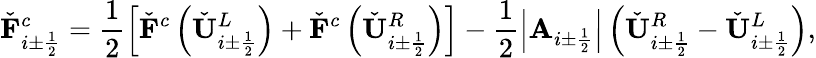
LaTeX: \check{\mathbf{F}}_{i\pm\frac{1}{2}}^{c}=\frac{1}{2}\left[\check{\mathbf{F}}^{c}\left(\check{\mathbf{U}}_{i\pm\frac{1}{2}}^{L}\right)+\check{\mathbf{F}}^{c}\left(\check{\mathbf{U}}_{i\pm\frac{1}{2}}^{R}\right)\right]-\frac{1}{2}\left|\mathbf{A}_{i\pm\frac{1}{2}}\right|\left(\check{\mathbf{U}}_{i\pm\frac{1}{2}}^{R}-\check{\mathbf{U}}_{i\pm\frac{1}{2}}^{L}\right),